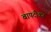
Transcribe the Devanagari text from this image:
बापटीकर